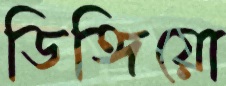
ডিঙ্গিয়ো